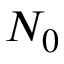
N _ { 0 }